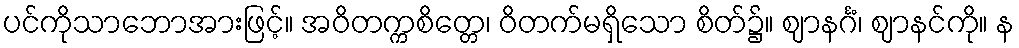
ပင်ကိုသာဘောအားဖြင့်။ အဝိတက္ကစိတ္တေ၊ ဝိတက်မရှိသော စိတ်၌။ ဈာနင်္ဂံ၊ ဈာနင်ကို။ န